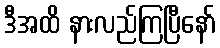
ဒီအထိ နားလည်ကြပြီနော်